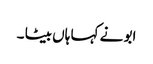
ابو نے کہا ہاں بیٹا ۔